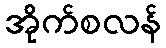
အိုက်စလန်